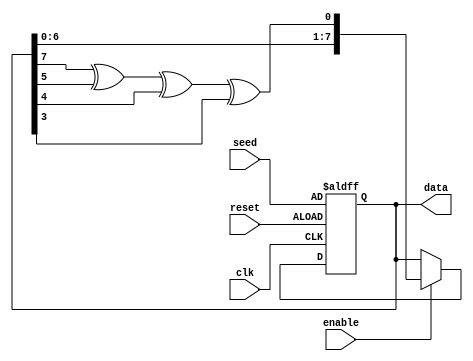
`timescale 1ns / 1ps
//////////////////////////////////////////////////////////////////////////////////
// Company: 
// Engineer: 
// 
// Design Name: 
// Module Name: SNG
// Project Name: 
// Target Devices: 
// Tool Versions: 
// Description: Generate stochastic number for 
// 
// Dependencies: 
// 
// Revision:
// Revision 0.01 - File Created
// Additional Comments:
// 
//////////////////////////////////////////////////////////////////////////////////


module SNG(seed,data,enable,reset,clk);
    input [7:0] seed;
    output [7:0] data;
    input enable;
    input reset;
    input clk;
    
    reg [8:1] out_LFSR;
    wire feedback;
    
    assign feedback=out_LFSR[8]^out_LFSR[6]^out_LFSR[5]^out_LFSR[4];
    
    always @(posedge clk or posedge reset)
    begin
        if (reset)
            out_LFSR<=seed;
        else if (enable)
            out_LFSR= {out_LFSR[7:1],feedback};
     end
     
     assign data=out_LFSR;
        
    
endmodule